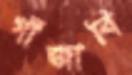
গাঁজাবি